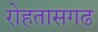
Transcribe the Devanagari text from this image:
रोहतासगढ